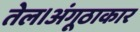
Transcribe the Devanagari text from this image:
तेल।अंगूठाकार